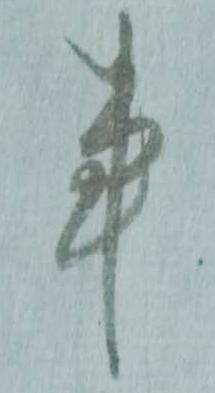
事